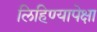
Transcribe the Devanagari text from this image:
लिहिण्यापेक्षा